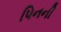
પિનની